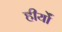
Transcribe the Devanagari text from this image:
हीर्यों